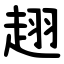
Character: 趐